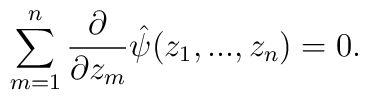
\sum_{m=1}^n \frac{\partial}{\partial z_m}\hat{\psi}(z_1,...,z_n) = 0.